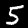
Label: 5